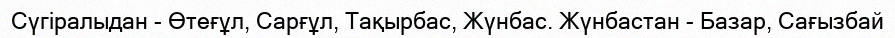
Сүгіралыдан - Өтеғұл, Сарғұл, Тақырбас, Жүнбас. Жүнбастан - Базар, Сағызбай